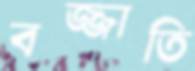
বজ্জাতি